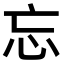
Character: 忘